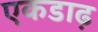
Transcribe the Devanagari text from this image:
एकडाढ़